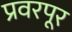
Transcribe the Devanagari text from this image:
प्रवरपूर